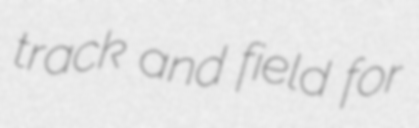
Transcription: track and field for